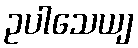
ဥပါသေယျ